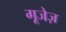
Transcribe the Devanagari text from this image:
गूजेज़